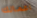
اعمالك